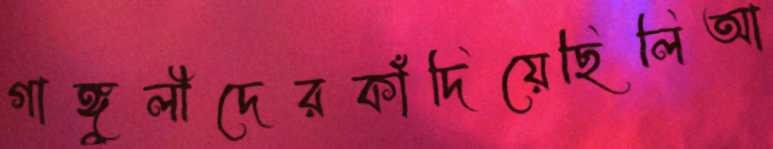
গাঙ্গুলীদেরকাঁদিয়েছিলিআ